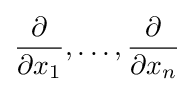
{\partial  \over \partial x_{1}},\dots ,{\partial  \over \partial x_{n}}